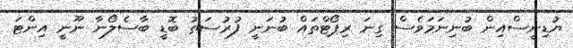
ޔުޑިނީސްއިން ބުނިނަމަވެސް ގިނަ ރިޕޯޓްތައް ބުނަނީ ފުރުސަތު ބޮޑީ ބާސެލޯނާ ނޫނީ އިންޓަ